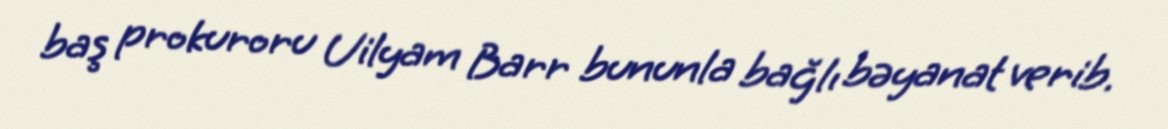
baş prokuroru Uilyam Barr bununla bağlı bəyanat verib.